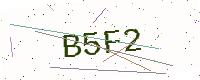
Text: B5F2